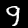
Digit: 9